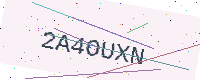
Text: 2A4OUXN